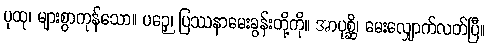
ပုထု၊ များစွာကုန်သော။ ပဉှေ၊ ပြဿနာမေးခွန်းတို့ကို။ အာပုစ္ဆိ၊ မေးလျှောက်လတ်ပြီ။